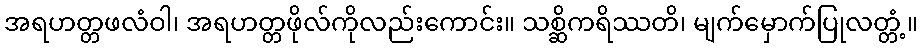
အရဟတ္တဖလံဝါ၊ အရဟတ္တဖိုလ်ကိုလည်းကောင်း။ သစ္ဆိကရိဿတိ၊ မျက်မှောက်ပြုလတ္တံ့။